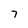
Character: 7